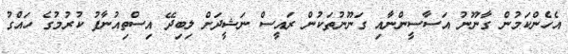
އެހެންކަމުން ގާނޫނު އަސާސީންނާއި ގަނޫނުތަކުން ރައީސް ނަޝީދަށް ލިބިދޭ އިސްތިއުނާފު ކުރުމުގެ ހައްގު